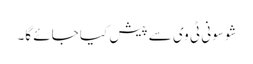
شو سونی ٹی وی سے پیش کیا جائے گا۔